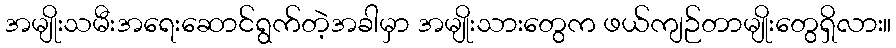
အမျိုးသမီးအရေးဆောင်ရွက်တဲ့အခါမှာ အမျိုးသားတွေက ဖယ်ကျဉ်တာမျိုးတွေရှိလား။